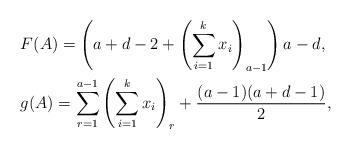
LaTeX: \begin{align*}&F(A)=\left(a+d-2+\left(\sum_{i=1}^kx_i\right)_{a-1}\right)a-d,\\&g(A)=\sum_{r=1}^{a-1}\left(\sum_{i=1}^kx_i\right)_r+\frac{(a-1)(a+d-1)}{2},\end{align*}